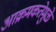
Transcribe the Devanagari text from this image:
आक्रमकतेमुळे